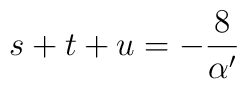
s+t+u=-\frac{8}{\alpha^{\prime}}